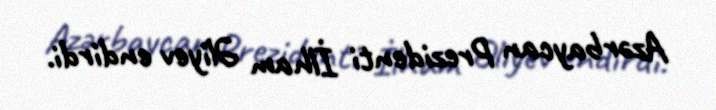
Azərbaycan Prezidenti İlham Əliyev endirdi.